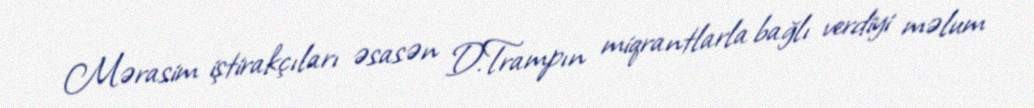
Mərasim iştirakçıları əsasən D.Trampın miqrantlarla bağlı verdiyi məlum